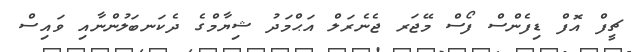
ޗީފް އޮފް ޑިފެންސް ފޯސް މޭޖަރ ޖެނެރަލް އަޙްމަދު ޝިޔާމްގެ ދެކަނބަލުންނާއި ވައިސް